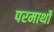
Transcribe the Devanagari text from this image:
परमार्थो